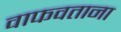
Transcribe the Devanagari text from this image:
वाफवताना